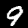
Label: 9